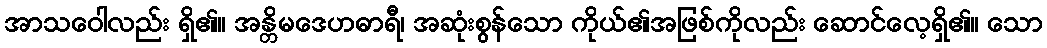
အာသဝေါလည်း ရှိ၏။ အန္တိမဒေဟဓာရီ၊ အဆုံးစွန်သော ကိုယ်၏အဖြစ်ကိုလည်း ဆောင်လေ့ရှိ၏။ သော